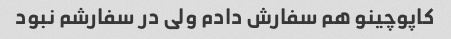
کاپوچینو هم سفارش دادم ولی در سفارشم نبود